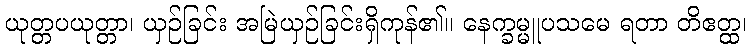
ယုတ္တပယုတ္တာ၊ ယှဉ်ခြင်း အမြဲယှဉ်ခြင်းရှိကုန်၏။ နေက္ခမ္မူပသမေ ရတာ တိဧတ္ထ၊